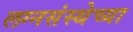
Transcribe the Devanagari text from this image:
लग्नसंस्थेच्या